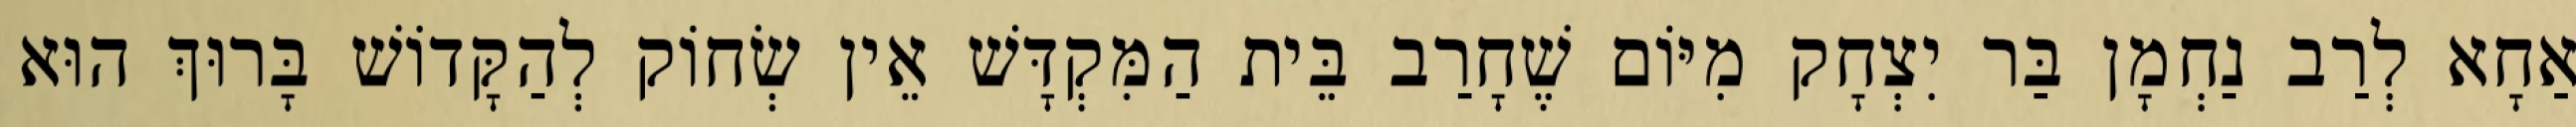
אַחָא לְרַב נַחְמָן בַּר יִצְחָק מִיּוֹם שֶׁחָרַב בֵּית הַמִּקְדָּשׁ אֵין שְׂחוֹק לְהַקָּדוֹשׁ בָּרוּךְ הוּא